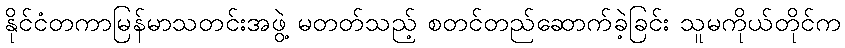
နိုင်ငံတကာမြန်မာသတင်းအဖွဲ့ မတတ်သည့် စတင်တည်ဆောက်ခဲ့ခြင်း သူမကိုယ်တိုင်က